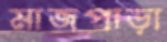
মাজপাড়া